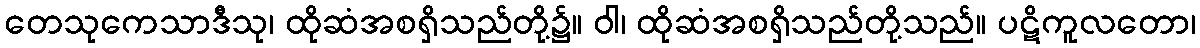
တေသုကေသာဒီသု၊ ထိုဆံအစရှိသည်တို့၌။ ဝါ၊ ထိုဆံအစရှိသည်တို့သည်။ ပဋိကူလတော၊